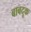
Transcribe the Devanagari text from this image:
बाबदूक